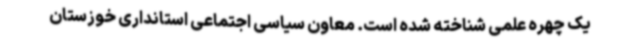
یک چهره علمی شناخته شده است. معاون سیاسی اجتماعی استانداری خوزستان